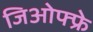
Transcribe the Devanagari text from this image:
जिओफ्फ्रे